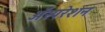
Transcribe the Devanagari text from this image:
अॅस्परेशन